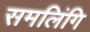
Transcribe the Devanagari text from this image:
समलिंगि